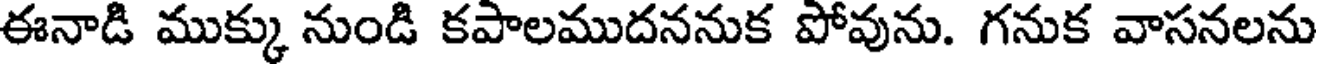
ఈనాడి ముక్కు నుండి కపాలముదననుక పోవును. గనుక వాసనలను